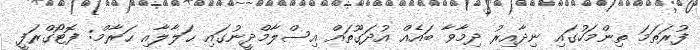
ފުރަތަމަ ތިންމަހުގައި ނިދާއިރު ދިމާވާ ބައެއް އުދަގޫތައް އިސްލާމްދީނުގައި ޙަލާލާއި ޙަރާމް: ފޮޓޯގްރަފީ